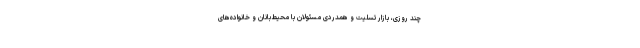
چند روزی، بازار تسلیت و همدردی مسئولان با محیط‌بانان و خانواده‌های